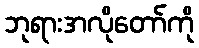
ဘုရားအလိုတော်ကို